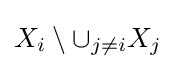
X_{i}\setminus \cup _{j\neq i}X_{j}